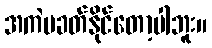
အကဲမခတ်နိုင်တော့ပါဘူး။